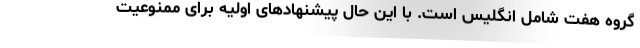
گروه هفت شامل انگلیس است. با این حال پیشنهادهای اولیه برای ممنوعیت